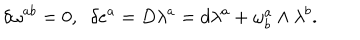
LaTeX: \delta \omega ^ { a b } = 0 , \; \; \delta e ^ { a } = D \lambda ^ { a } = d \lambda ^ { a } + \omega _ { b } ^ { a } \wedge \lambda ^ { b } .